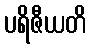
ပရိဇီယတိ